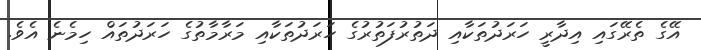
އޭގެ ތެރޭގައި އިދާރީ ހަރަދުތަކާއި ދަތުރުފަތުރުގެ ހަރަދުތަކާއި މަރާމާތުގެ ހަރަދުތައް ހިމެނެ އެވެ.